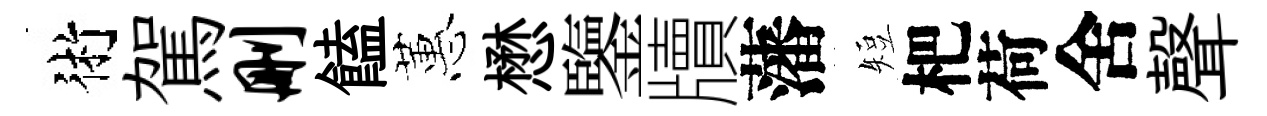
術駕删饁蕙懋鑒牘藩短杷荷舍聲